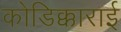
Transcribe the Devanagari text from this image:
कोडिक्काराई